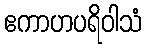
ဧကာဟပရိဝါသံ